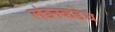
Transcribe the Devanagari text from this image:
लंडनकडेच